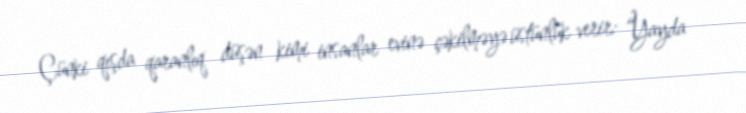
Çünki qışda qaranlıq düşən kimi insanlar evinə çəkilməyə üstünlük verir: “Yayda